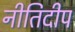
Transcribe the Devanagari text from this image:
नीतिदीप